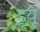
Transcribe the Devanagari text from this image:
ड्र्यू